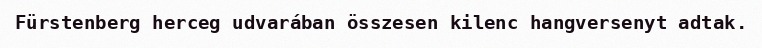
Fürstenberg herceg udvarában összesen kilenc hangversenyt adtak.